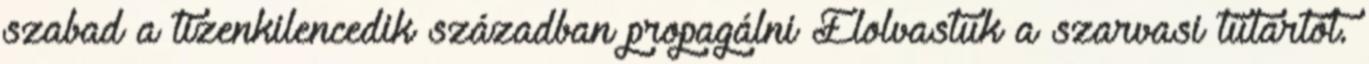
szabad a tizenkilencedik században propagálni Elolvastuk a szarvasi tűtartót.